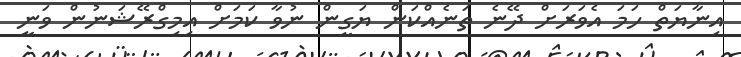
އިނާޔަތް ހަމަ އެވަރަށް ދޭނެ ތަނެއްކަން ޔަގީން ނުވާ ކަމަށް އިމިގްރޭޝަނުން ވަނީ